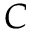
{ \cal C }